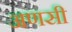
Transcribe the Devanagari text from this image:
अणसी